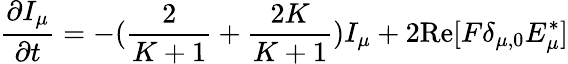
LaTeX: \frac{\partial I_{\mu}}{\partial t}=-(\frac{2}{K+1}+\frac{2K}{K+1})I_{\mu}+2\textrm{Re}[F\delta_{\mu,0}E_{\mu}^{*}]